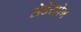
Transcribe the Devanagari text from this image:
सेडेरहोम